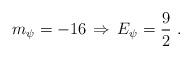
LaTeX: \begin{align*}m_\psi = -16 \, \Rightarrow \, E_\psi= \frac 9 2 ~.\end{align*}